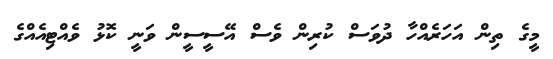
މީގެ ތިން އަހަރެއްހާ ދުވަސް ކުރިން ވެސް އޭސީސީން ވަނީ ކޮޅު ވެއްޓިއެއްގެ